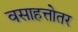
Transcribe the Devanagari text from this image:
वसाहत्तोतर